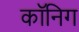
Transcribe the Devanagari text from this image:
कॉनिग